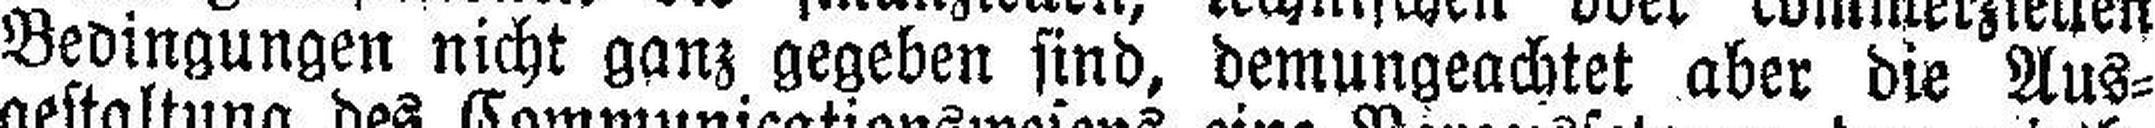
Bedingungen nicht ganz gegeben sind, demungeachtet aber die Aus¬